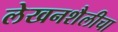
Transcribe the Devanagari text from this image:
लेखनशैलीचा